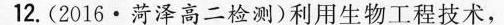
12.(2016·菏泽高二检测)利用生物工程技术，